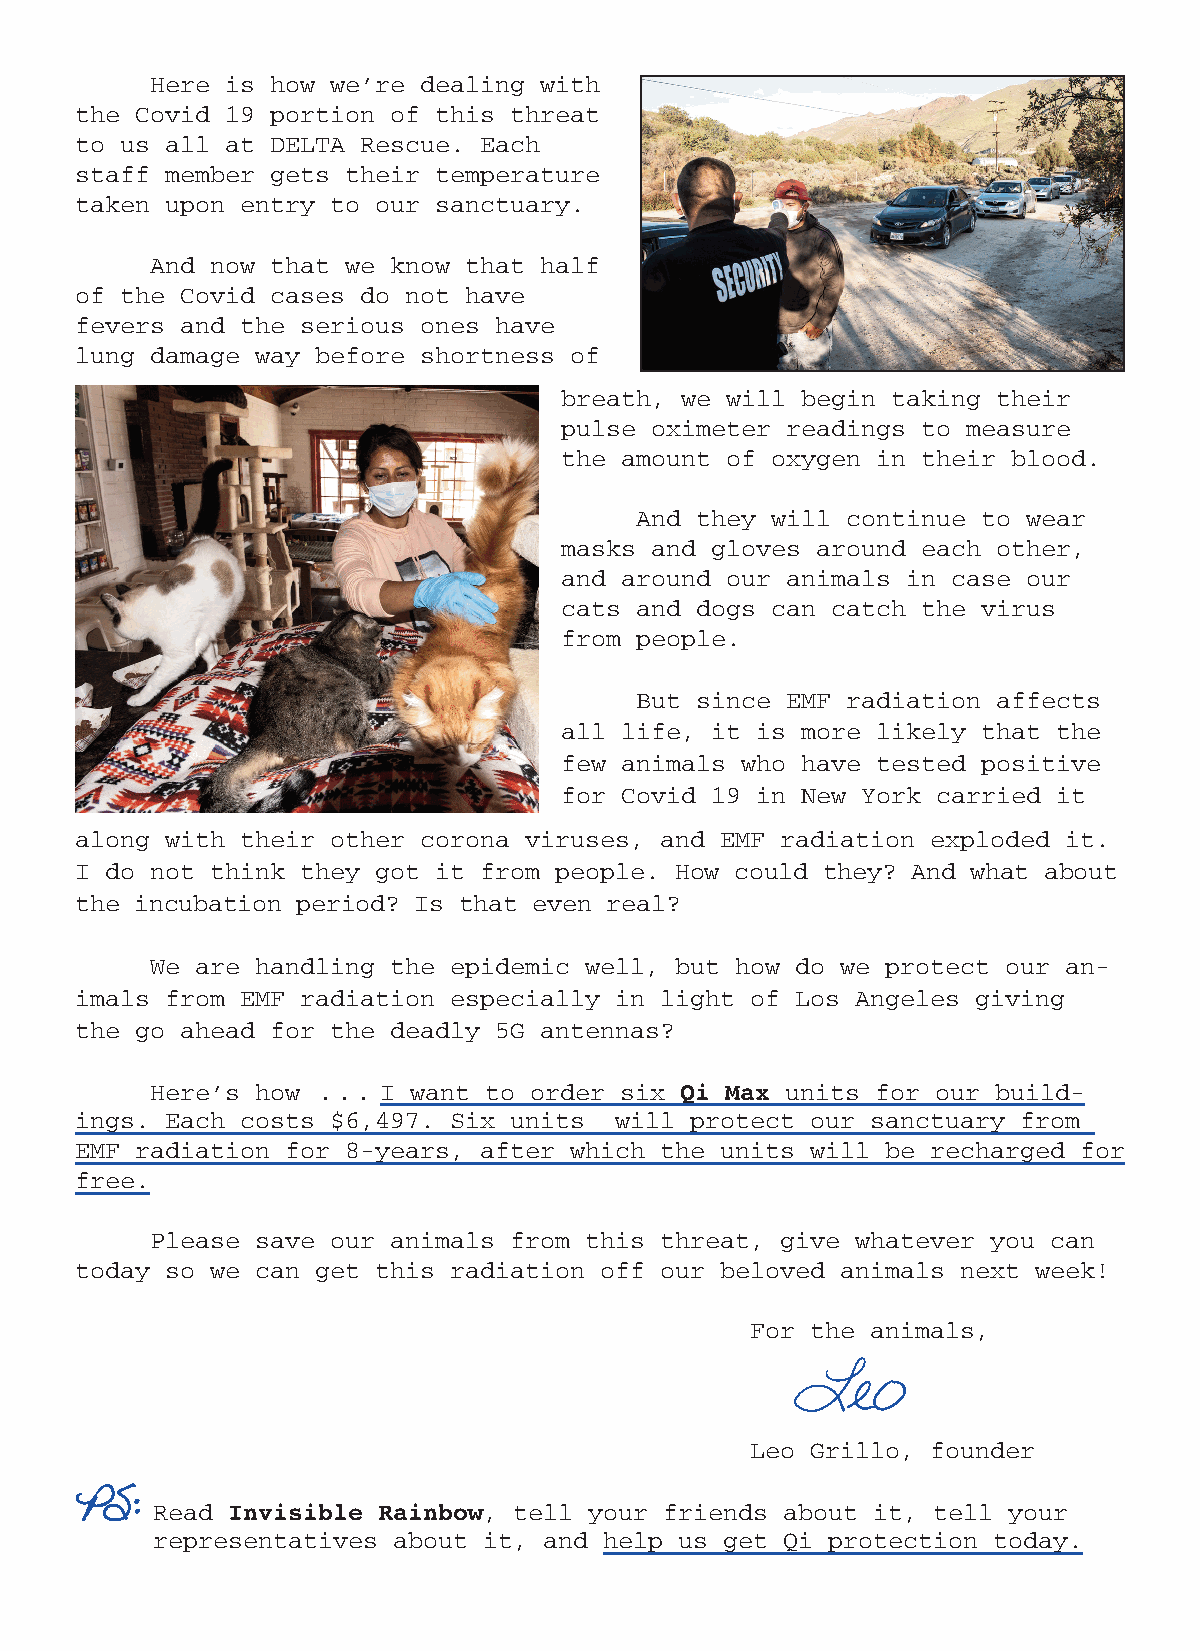
Here is how we’re dealing with
 the Covid 19 portion of this threat
 to us all at DELTA Rescue. Each
 staff member gets their temperature
 taken upon entry to our sanctuary.
 And now that we know that half
 of the Covid cases do not have
 fevers and the serious ones have
 lung damage way before shortness of
 breath, we will begin taking their
 pulse oximeter readings to measure
 the amount of oxygen in their blood.
 And they will continue to wear
 masks and gloves around each other,
 and around our animals in case our
 cats and dogs can catch the virus
 from people.
 But since EMF radiation affects
 all life, it is more likely that the
 few animals who have tested positive
 for Covid 19 in New York carried it
 along with their other corona viruses, and EMF radiation exploded it.
 I do not think they got it from people. How could they? And what about
 the incubation period? Is that even real?
 We are handling the epidemic well, but how do we protect our an-
 imals from EMF radiation especially in light of Los Angeles giving
 the go ahead for the deadly 5G antennas?
 Here’s how . . . I want to order six      units for our build-
 Qi Max
 ings. Each costs $6,497. Six units  will protect our sanctuary from
 EMF radiation for 8-years, after which the units will be recharged for
 free.
 Please save our animals from this threat, give whatever you can
 today so we can get this radiation off our beloved animals next week!
 For the animals,
 Leo
 Leo Grillo, founder
 PS:
 Read                  , tell your friends about it, tell your
 Invisible Rainbow
 representatives about it, and help us get Qi protection today.